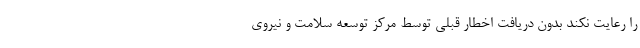
را رعایت نکند بدون دریافت اخطار قبلی توسط مرکز توسعه سلامت و نیروی